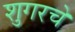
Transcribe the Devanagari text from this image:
शुगरचे